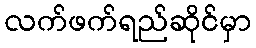
လက်ဖက်ရည်ဆိုင်မှာ